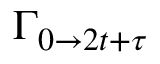
\Gamma _ { 0 \rightarrow 2 t + \tau }